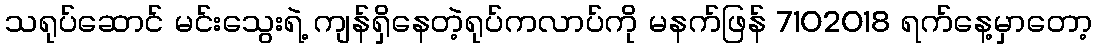
သရုပ်ဆောင် မင်းသွေးရဲ့ ကျန်ရှိနေတဲ့ရုပ်ကလာပ်ကို မနက်ဖြန် 7102018 ရက်နေ့မှာတော့